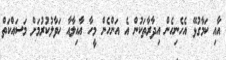
އާއި ކަމާގުޅޭ އެހެނިހެން އިދާރާތަކުން އެ އަންހެން މީހާ އާއިލާއާ ހަވާލުކުރުމަށް މަސައްކަތް